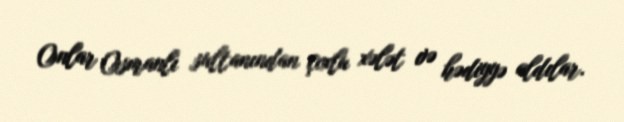
Onlar Osmanlı sultanından çoxlu xələt və hədiyyə aldılar.